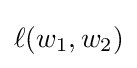
\ell (w_{1},w_{2})